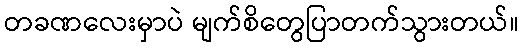
တခဏလေးမှာပဲ မျက်စိတွေပြာတက်သွားတယ်။